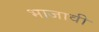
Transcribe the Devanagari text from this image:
भाजावी